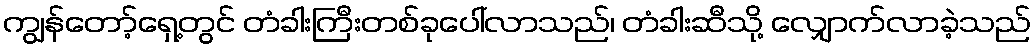
ကျွန်တော့်ရှေ့တွင် တံခါးကြီးတစ်ခုပေါ်လာသည်၊ တံခါးဆီသို့ လျှောက်လာခဲ့သည်